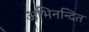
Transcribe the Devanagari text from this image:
अभिनन्दित